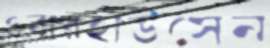
ওবারহাউসেন